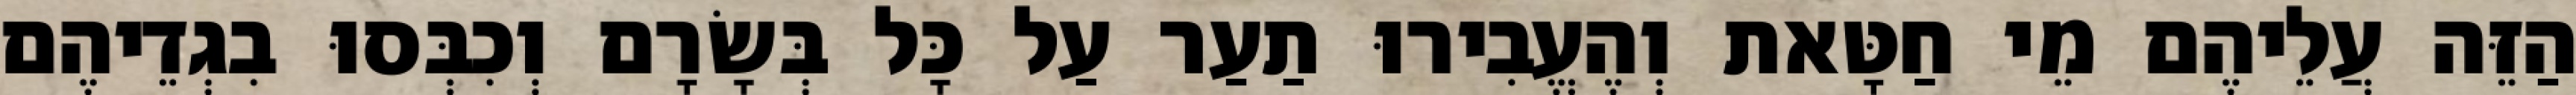
הַזֵּה עֲלֵיהֶם מֵי חַטָּאת וְהֶעֱבִירוּ תַעַר עַל כָּל בְּשָׂרָם וְכִבְּסוּ בִגְדֵיהֶם